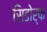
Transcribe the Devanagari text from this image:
सिडोर्फ